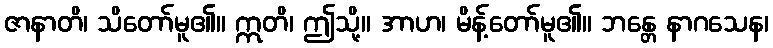
ဇာနာတိ၊ သိတော်မူ၏။ ဣတိ၊ ဤသို့။ အာဟ၊ မိန့်တော်မူ၏။ ဘန္တေ နာဂသေန၊